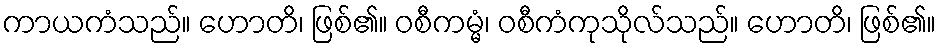
ကာယကံသည်။ ဟောတိ၊ ဖြစ်၏။ ဝစီကမ္မံ၊ ဝစီကံကုသိုလ်သည်။ ဟောတိ၊ ဖြစ်၏။